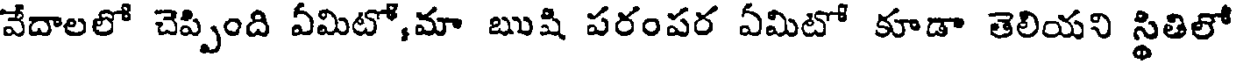
వేదాలలో చెప్పింది ఏమిటో,మా ఋషి పరంపర ఏమిటో కూడా తెలియని స్థితిలో